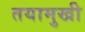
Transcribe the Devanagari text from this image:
तयामुखी